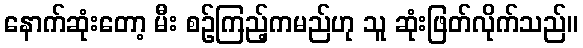
နောက်ဆုံးတော့ မီး စဉ်ကြည့်ကမည်ဟု သူ ဆုံးဖြတ်လိုက်သည်။